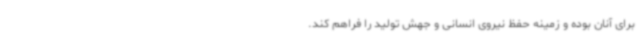
برای آنان بوده و زمینه حفظ نیروی انسانی و جهش تولید را فراهم کند.